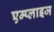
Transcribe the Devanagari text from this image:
एम्प्लाइज